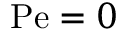
\mathrm { P e } = 0